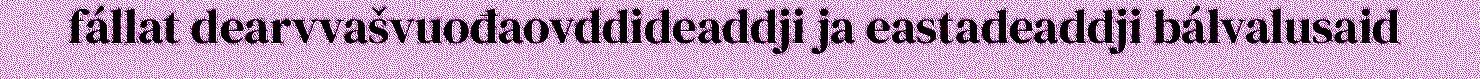
fállat dearvvašvuođaovddideaddji ja eastadeaddji bálvalusaid